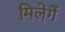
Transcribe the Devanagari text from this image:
मिलेगें